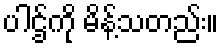
ပါဌ်ကို မိန့်သတည်း။